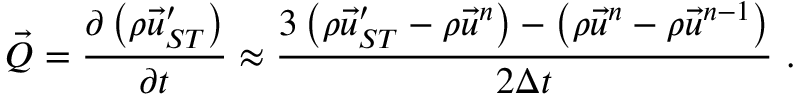
\vec { Q } = \frac { \partial \left( \rho \vec { u } _ { S T } ^ { \prime } \right) } { \partial t } \approx \frac { 3 \left( { \rho \vec { u } _ { S T } ^ { \prime } } - \rho \vec { u } ^ { n } \right) - \left( \rho \vec { u } ^ { n } - \rho \vec { u } ^ { n - 1 } \right) } { 2 \Delta t } \ .